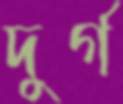
দুর্গ